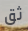
ثق